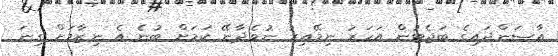
އާސަންދައިގެ ބަޖެޓުން އަހަރު ނިމޭއިރު ނުވެދާނޭ ކަމަށް ބުނެ އެ ނިޒާމަށް ގިނަ